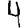
Digit: 4